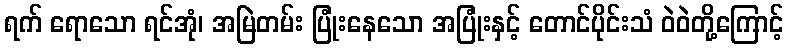
ရက် ရောသော ရင်အုံ၊ အမြဲတမ်း ပြုံးနေသော အပြုံးနှင့် တောင်ပိုင်းသံ ဝဲဝဲတို့ကြောင့်